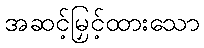
အဆင့်မြှင့်ထားသော